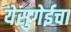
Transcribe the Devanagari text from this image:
येसुगेईचा